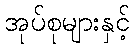
အုပ်စုများနှင့်